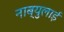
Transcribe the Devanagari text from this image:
नाब्युलाई